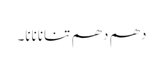
دھم دھم تنانانانا۔